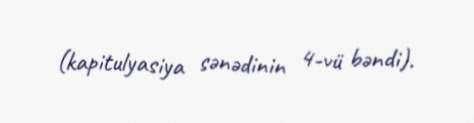
(kapitulyasiya sənədinin 4-vü bəndi).